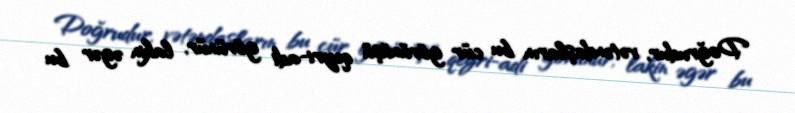
Doğrudur, vətəndaşların bu cür görünüşü qeyri-adi görünür, lakin əgər bu